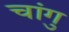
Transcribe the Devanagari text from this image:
चांगु